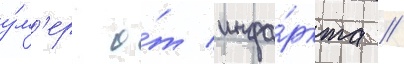
у́м'ер о́т инфа́ркта //